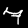
Digit: 7